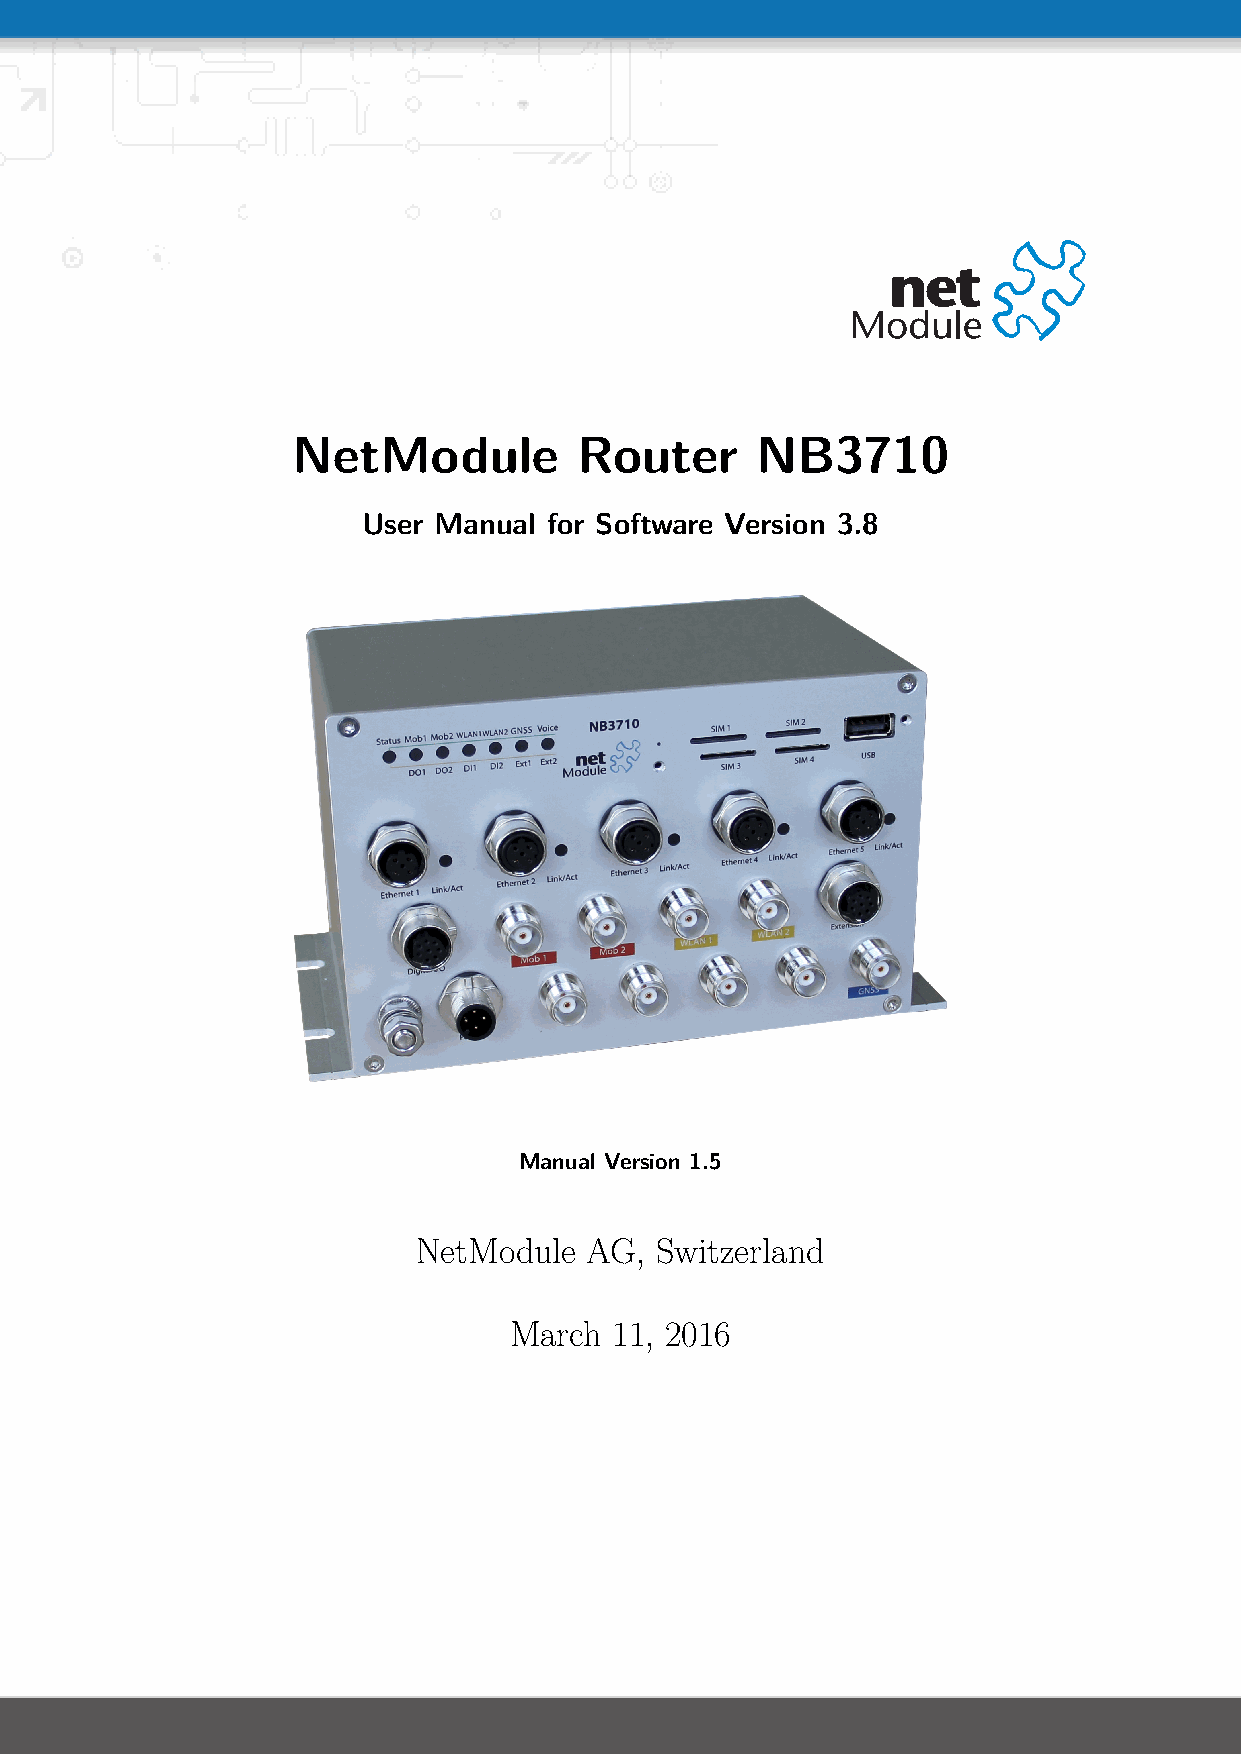
NetModule          Router      NB3710
 User Manual for Software Version 3.8
 Manual Version 1.5
 NetModule  AG, Switzerland
 March  11, 2016